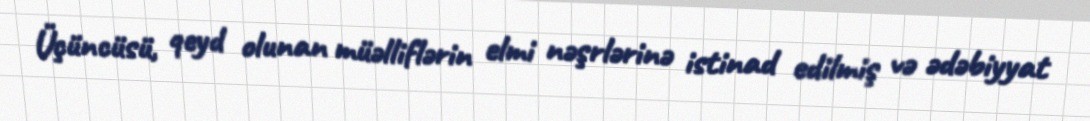
Üçüncüsü, qeyd olunan müəlliflərin elmi nəşrlərinə istinad edilmiş və ədəbiyyat